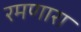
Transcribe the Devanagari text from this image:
रमणारा